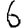
Digit: 6